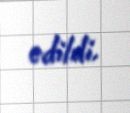
edildi.